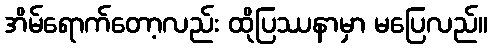
အိမ်ရောက်တော့လည်း ထိုပြဿနာမှာ မပြေလည်။